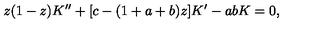
z ( 1 - z ) K ^ { \prime \prime } + [ c - ( 1 + a + b ) z ] K ^ { \prime } - a b K = 0 ,